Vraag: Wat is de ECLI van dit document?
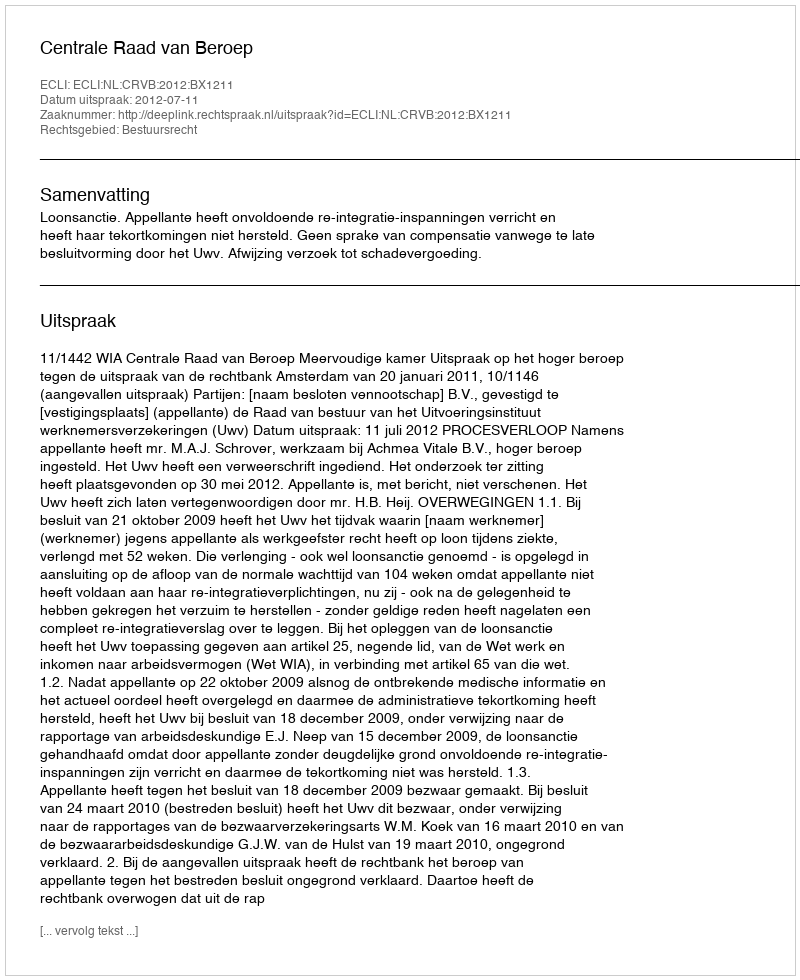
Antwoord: ECLI:NL:CRVB:2012:BX1211